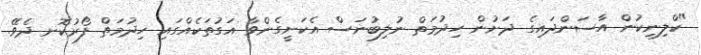
"ކްލިނިކުން އާސަންދައިގެ ދަށުން ހިދުމަތް ނުލިބުނަސް އެކަށީގެންވާ އަގުތަކެއްގައި ހިދުމަތް ފޯރުކޮށ ދެވޭ.